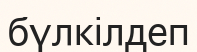
бүлкілдеп